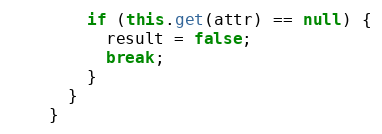
Language: Java
        if (this.get(attr) == null) {
          result = false;
          break;
        }
      }
    }